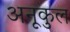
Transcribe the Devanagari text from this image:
अनूकुल